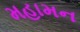
મહામન